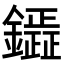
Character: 𮣟